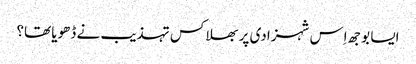
ایسا بوجھ اِس شہزادی پر بھلا کس تہذیب نے ڈھویا تھا؟